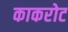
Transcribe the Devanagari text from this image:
काकरोट